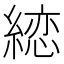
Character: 𦃳